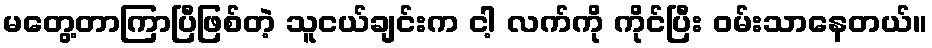
မတွေ့တာကြာပြီဖြစ်တဲ့ သူငယ်ချင်းက ငါ့ လက်ကို ကိုင်ပြီး ဝမ်းသာနေတယ်။